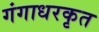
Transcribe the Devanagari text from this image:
गंगाधरकृत